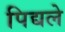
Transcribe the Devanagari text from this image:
पिद्यले